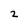
Character: 2